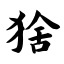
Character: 猞